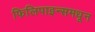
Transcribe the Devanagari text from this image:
फिलिपाइन्समधून